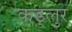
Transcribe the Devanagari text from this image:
कड्लुर